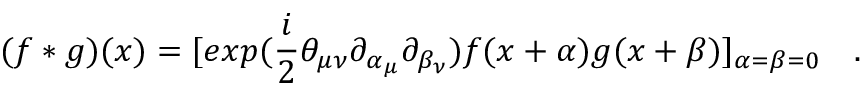
( f * g ) ( x ) = [ e x p ( \frac { i } { 2 } \theta _ { \mu \nu } \partial _ { \alpha _ { \mu } } \partial _ { \beta _ { \nu } } ) f ( x + \alpha ) g ( x + \beta ) ] _ { \alpha = \beta = 0 } ~ ~ ~ .